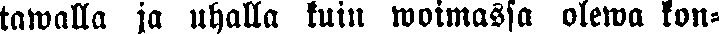
tawalla ja uhalla kuin woimassa olewa kon-